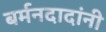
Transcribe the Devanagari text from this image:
बर्मनदादांनी